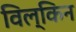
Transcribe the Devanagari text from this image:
विल्किन